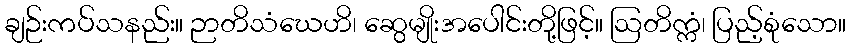
ချဉ်းကပ်သနည်း။ ဉာတိသံဃေဟိ၊ ဆွေမျိုးအပေါင်းတို့ဖြင့်။ ဩတိက္ကံ၊ ပြည့်စုံသော။